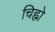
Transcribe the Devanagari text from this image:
चिह्नो